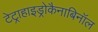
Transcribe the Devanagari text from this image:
टेट्राहाइड्रोकैनाबिनॉल